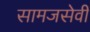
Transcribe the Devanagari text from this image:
सामजसेवी